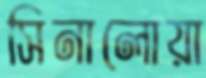
সিনালোয়া